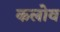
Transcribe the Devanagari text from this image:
कलोव